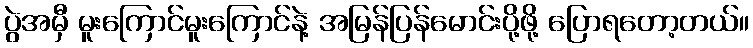
ပွဲအမှီ မူးကြောင်မူးကြောင်နဲ့ အမြန်ပြန်မောင်းပို့ဖို့ ပြောရတော့တယ်။